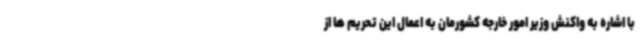
با اشاره به واکنش وزیر امور خارجه کشورمان به اعمال این تحریم ها از